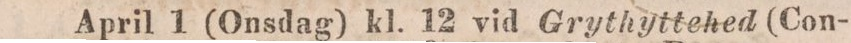
April 1 (Onsdag) kl. 12 vid Grythyttehed (Con-